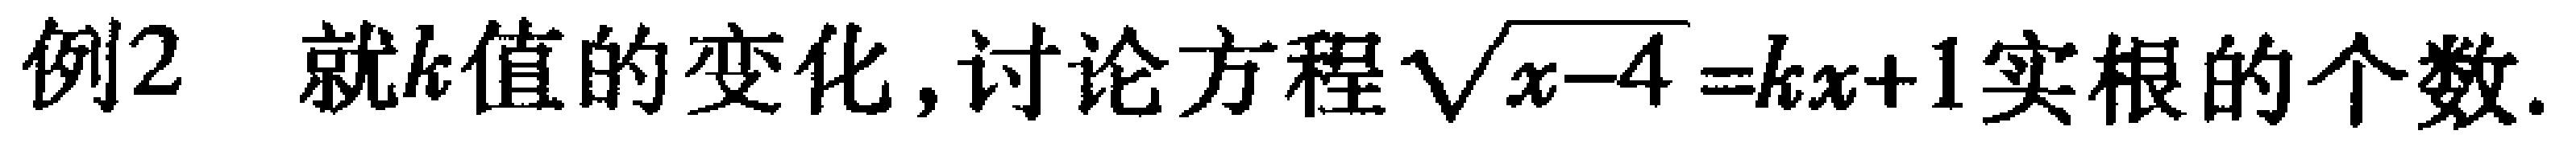
例2 就\(k\)值的变化,讨论方程\(\sqrt{x - 4}=kx + 1\)实根的个数.